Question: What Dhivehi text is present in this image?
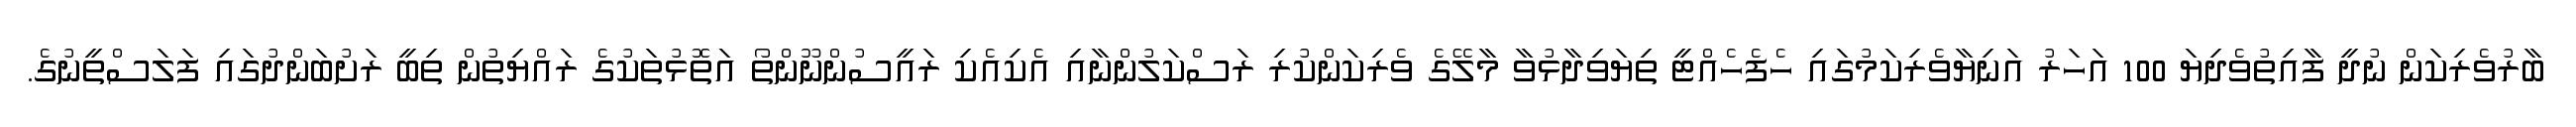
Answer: ބާރުވެރިކަން ނުދީ ފާއިތުވެދިޔަ 100 އަހަރު އަނިޔާވެރިކަމުގައި ހެފެހެއްޓީ ތިޔަވިދާޅުވާ މާލޭގެ ވެރިކަންކުރި ރަސްކަލުންނާއި އެކިއެކި ރައީސުންނޫންތޯ އަތޮޅުތަކުގެ ރައްޔިތުން ތިބީ ރަށުބަންދުގައި ފަލަސްތީނުގެ.